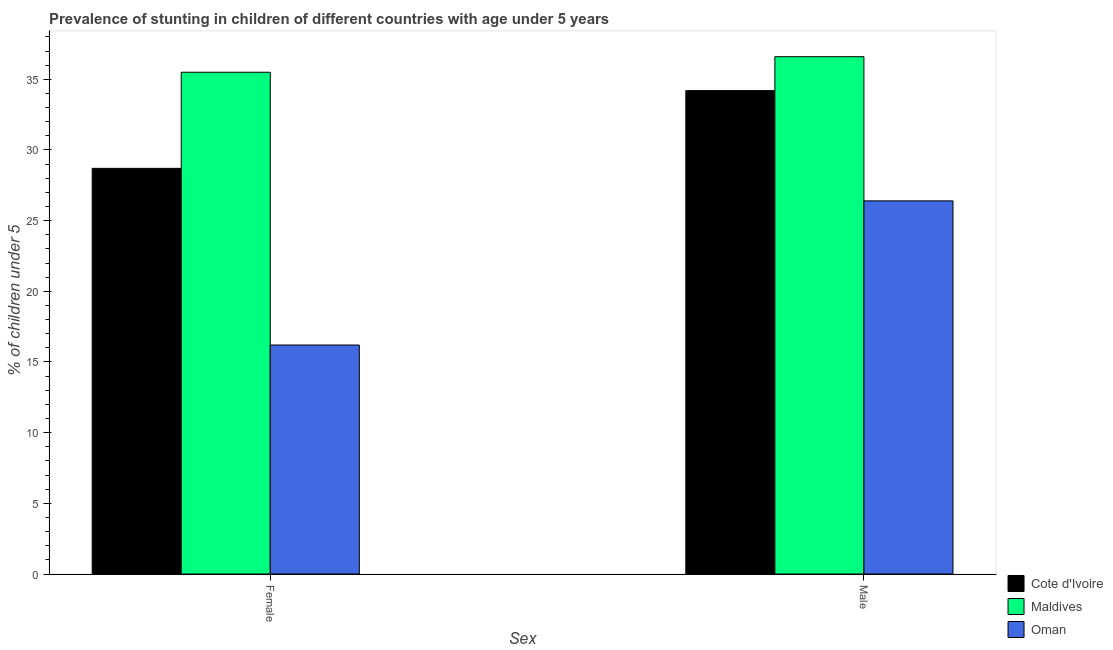
| Sex | Cote d'Ivoire | Maldives | Oman |
 | --- | --- | --- | --- |
 | Female | 28.7 | 35.5 | 16.2 |
 | Male | 34.2 | 36.6 | 26.4 |